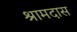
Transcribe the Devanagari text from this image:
श्रामदास